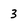
Character: 3